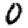
Digit: 0